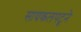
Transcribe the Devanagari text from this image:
सायकलपटूने